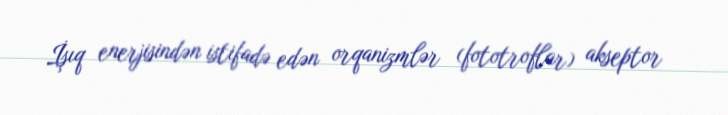
İşıq enerjisindən istifadə edən orqanizmlər (fototroflar) akseptor